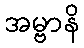
အမ္ဗာနိ